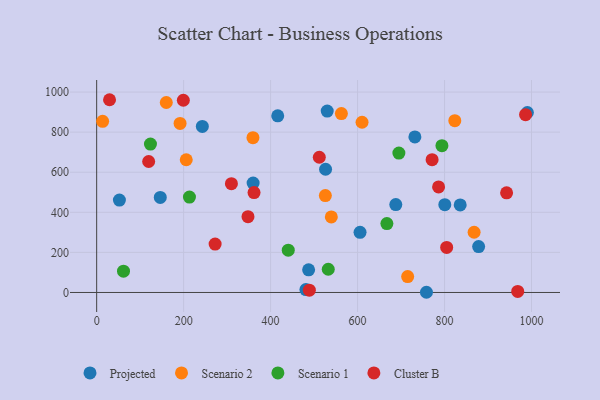
{"axis": {"x": "Experience", "y": "Sales"}, "legend": ["Cluster B", "Projected", "Scenario 1", "Scenario 2"], "data": [{"x": "416.4", "y": 881.5, "type": "Projected"}, {"x": "687.9", "y": 438.4, "type": "Projected"}, {"x": "526.4", "y": 614.7, "type": "Projected"}, {"x": "731.8", "y": 776.2, "type": "Projected"}, {"x": "758.4", "y": 1.0, "type": "Projected"}, {"x": "800.6", "y": 437.9, "type": "Projected"}, {"x": "605.7", "y": 300.0, "type": "Projected"}, {"x": "530.2", "y": 905.0, "type": "Projected"}, {"x": "146.3", "y": 474.4, "type": "Projected"}, {"x": "52.3", "y": 461.2, "type": "Projected"}, {"x": "481.2", "y": 14.4, "type": "Projected"}, {"x": "836.0", "y": 436.6, "type": "Projected"}, {"x": "990.5", "y": 898.0, "type": "Projected"}, {"x": "359.8", "y": 546.0, "type": "Projected"}, {"x": "878.4", "y": 228.8, "type": "Projected"}, {"x": "243.0", "y": 828.3, "type": "Projected"}, {"x": "487.4", "y": 112.8, "type": "Projected"}, {"x": "160.1", "y": 947.8, "type": "Scenario 2"}, {"x": "525.9", "y": 483.7, "type": "Scenario 2"}, {"x": "610.3", "y": 849.2, "type": "Scenario 2"}, {"x": "13.7", "y": 853.7, "type": "Scenario 2"}, {"x": "868.0", "y": 300.5, "type": "Scenario 2"}, {"x": "539.6", "y": 376.9, "type": "Scenario 2"}, {"x": "715.2", "y": 79.1, "type": "Scenario 2"}, {"x": "359.4", "y": 772.3, "type": "Scenario 2"}, {"x": "562.8", "y": 892.4, "type": "Scenario 2"}, {"x": "823.6", "y": 857.3, "type": "Scenario 2"}, {"x": "191.8", "y": 843.7, "type": "Scenario 2"}, {"x": "206.0", "y": 662.2, "type": "Scenario 2"}, {"x": "213.4", "y": 476.2, "type": "Scenario 1"}, {"x": "532.6", "y": 115.9, "type": "Scenario 1"}, {"x": "440.6", "y": 210.9, "type": "Scenario 1"}, {"x": "794.0", "y": 732.2, "type": "Scenario 1"}, {"x": "667.4", "y": 343.9, "type": "Scenario 1"}, {"x": "61.7", "y": 106.1, "type": "Scenario 1"}, {"x": "123.7", "y": 740.4, "type": "Scenario 1"}, {"x": "695.0", "y": 695.6, "type": "Scenario 1"}, {"x": "309.9", "y": 542.8, "type": "Cluster B"}, {"x": "771.4", "y": 662.6, "type": "Cluster B"}, {"x": "968.3", "y": 5.1, "type": "Cluster B"}, {"x": "348.0", "y": 378.2, "type": "Cluster B"}, {"x": "786.3", "y": 526.8, "type": "Cluster B"}, {"x": "361.9", "y": 498.6, "type": "Cluster B"}, {"x": "804.9", "y": 224.6, "type": "Cluster B"}, {"x": "272.4", "y": 241.6, "type": "Cluster B"}, {"x": "119.6", "y": 653.4, "type": "Cluster B"}, {"x": "29.6", "y": 961.7, "type": "Cluster B"}, {"x": "986.3", "y": 887.1, "type": "Cluster B"}, {"x": "512.0", "y": 674.7, "type": "Cluster B"}, {"x": "942.7", "y": 497.0, "type": "Cluster B"}, {"x": "489.1", "y": 11.3, "type": "Cluster B"}, {"x": "199.3", "y": 959.1, "type": "Cluster B"}]}